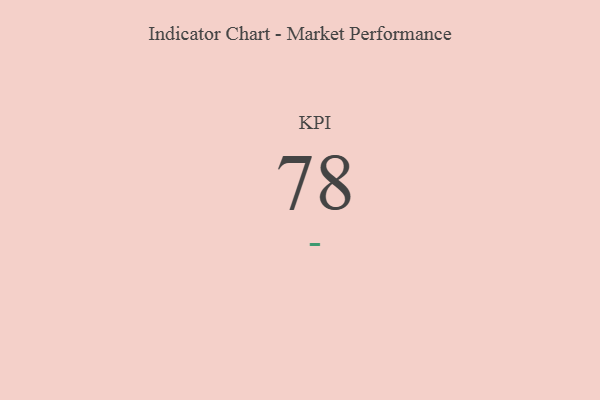
{"axis": {"x": "KPI", "y": "Value"}, "legend": [""], "data": [{"x": "KPI", "y": 78, "type": ""}]}